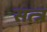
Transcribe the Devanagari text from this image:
सत्त्र